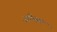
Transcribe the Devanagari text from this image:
ज़ीलम